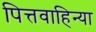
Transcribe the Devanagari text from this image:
पित्तवाहिन्या